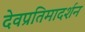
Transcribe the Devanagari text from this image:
देवप्रतिमादर्शन